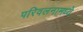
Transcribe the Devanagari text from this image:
परिवलनामध्ये